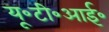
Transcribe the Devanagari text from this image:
यू॰टी॰आई॰